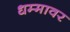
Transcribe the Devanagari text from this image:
धम्मावर